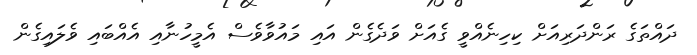
ދައްތަގެ ރަންދަރިއަށް ކިހިނެއްވީ ގެއަށް ވަދެގެން އައި މައުވާވެސް އެމީހުނާއި އެއްބައި ވެލައިގެން